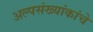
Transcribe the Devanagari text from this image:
अल्पसंख्यांकांचे